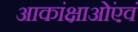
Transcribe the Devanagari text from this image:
आकांक्षाओंएवं